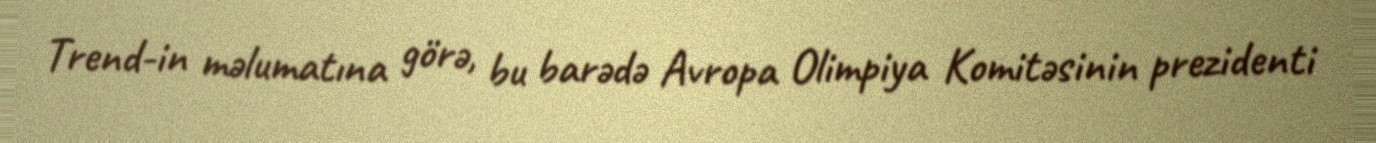
Trend-in məlumatına görə, bu barədə Avropa Olimpiya Komitəsinin prezidenti